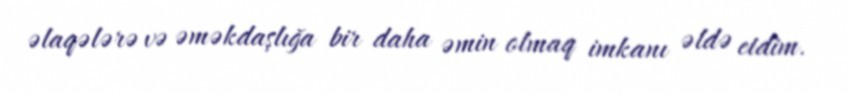
əlaqələrə və əməkdaşlığa bir daha əmin olmaq imkanı əldə etdim.